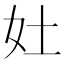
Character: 𡚳